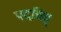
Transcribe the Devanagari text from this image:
पदचिह्